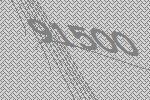
91500